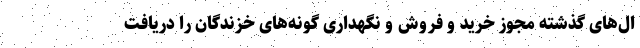
ال‌های گذشته مجوز خرید و فروش و نگهداری گونه‌های خزندگان را دریافت